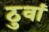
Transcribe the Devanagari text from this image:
ठुवां